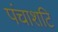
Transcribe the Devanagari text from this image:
पंचाशटि